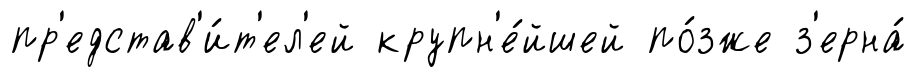
пр'едстав'и́т'ел'ей крупн'е́йшей по́зже з'ерна́